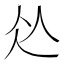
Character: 𱎣